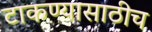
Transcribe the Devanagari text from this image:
टाकण्यासाठीच